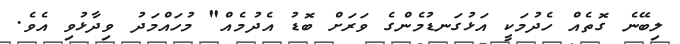
ލިބޭނެ ގޮތެއް ހެދުމަކީ އަޅުގަނޑުމެންގެ ވަރަށް ބޮޑު އެދުމެއް" މުހައްމަދު ވިދާޅުވި އެވެ.